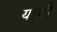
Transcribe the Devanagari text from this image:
यामौ